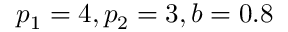
p _ { 1 } = 4 , p _ { 2 } = 3 , b = 0 . 8